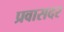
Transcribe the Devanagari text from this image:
प्रवासदर